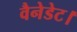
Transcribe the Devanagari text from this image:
वैनेडेट।